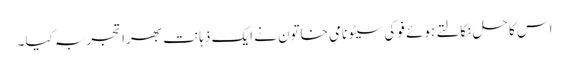
اس کا حل نکالتے ہوئے فوکی سیٹو نامی خاتون نے ایک ذہانت بھرا تجربہ کیا۔